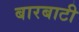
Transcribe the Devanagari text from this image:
बारबाटी